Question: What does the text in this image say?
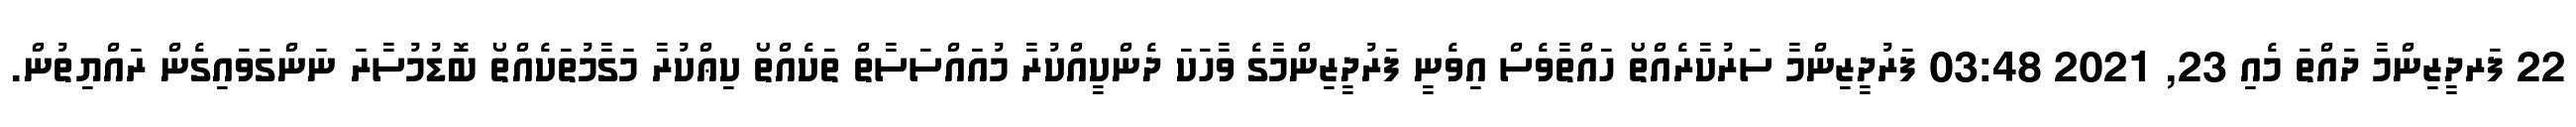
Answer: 22 ފަރދީޒިންމާ ދައްތަ މެއި 23, 2021 03:48 ފަރުދީޒިންމާ ސަރުކާރެއްތޯ ހައްތާވެސް އިވެނީ ފަރުދީޒިންމާގެ ވާހަކަ ދެންކީއްކުރާ މުއައްސަސާތް ތަކެއްތޯ ކިޢްކުރާ މަގާމުތަކެއްތޯ ބޮޑުމުސާރަ ނަންގަވައިގެން ރައްޔިތުން.